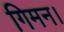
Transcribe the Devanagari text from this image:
गिमन।